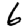
Digit: 6